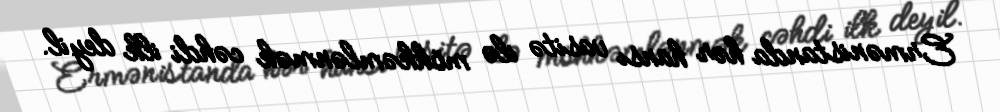
Ermənistanda hər hansı vasitə ilə möhkəmlənmək cəhdi ilk deyil.